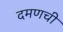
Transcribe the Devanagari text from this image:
दमणची